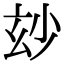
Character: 玅